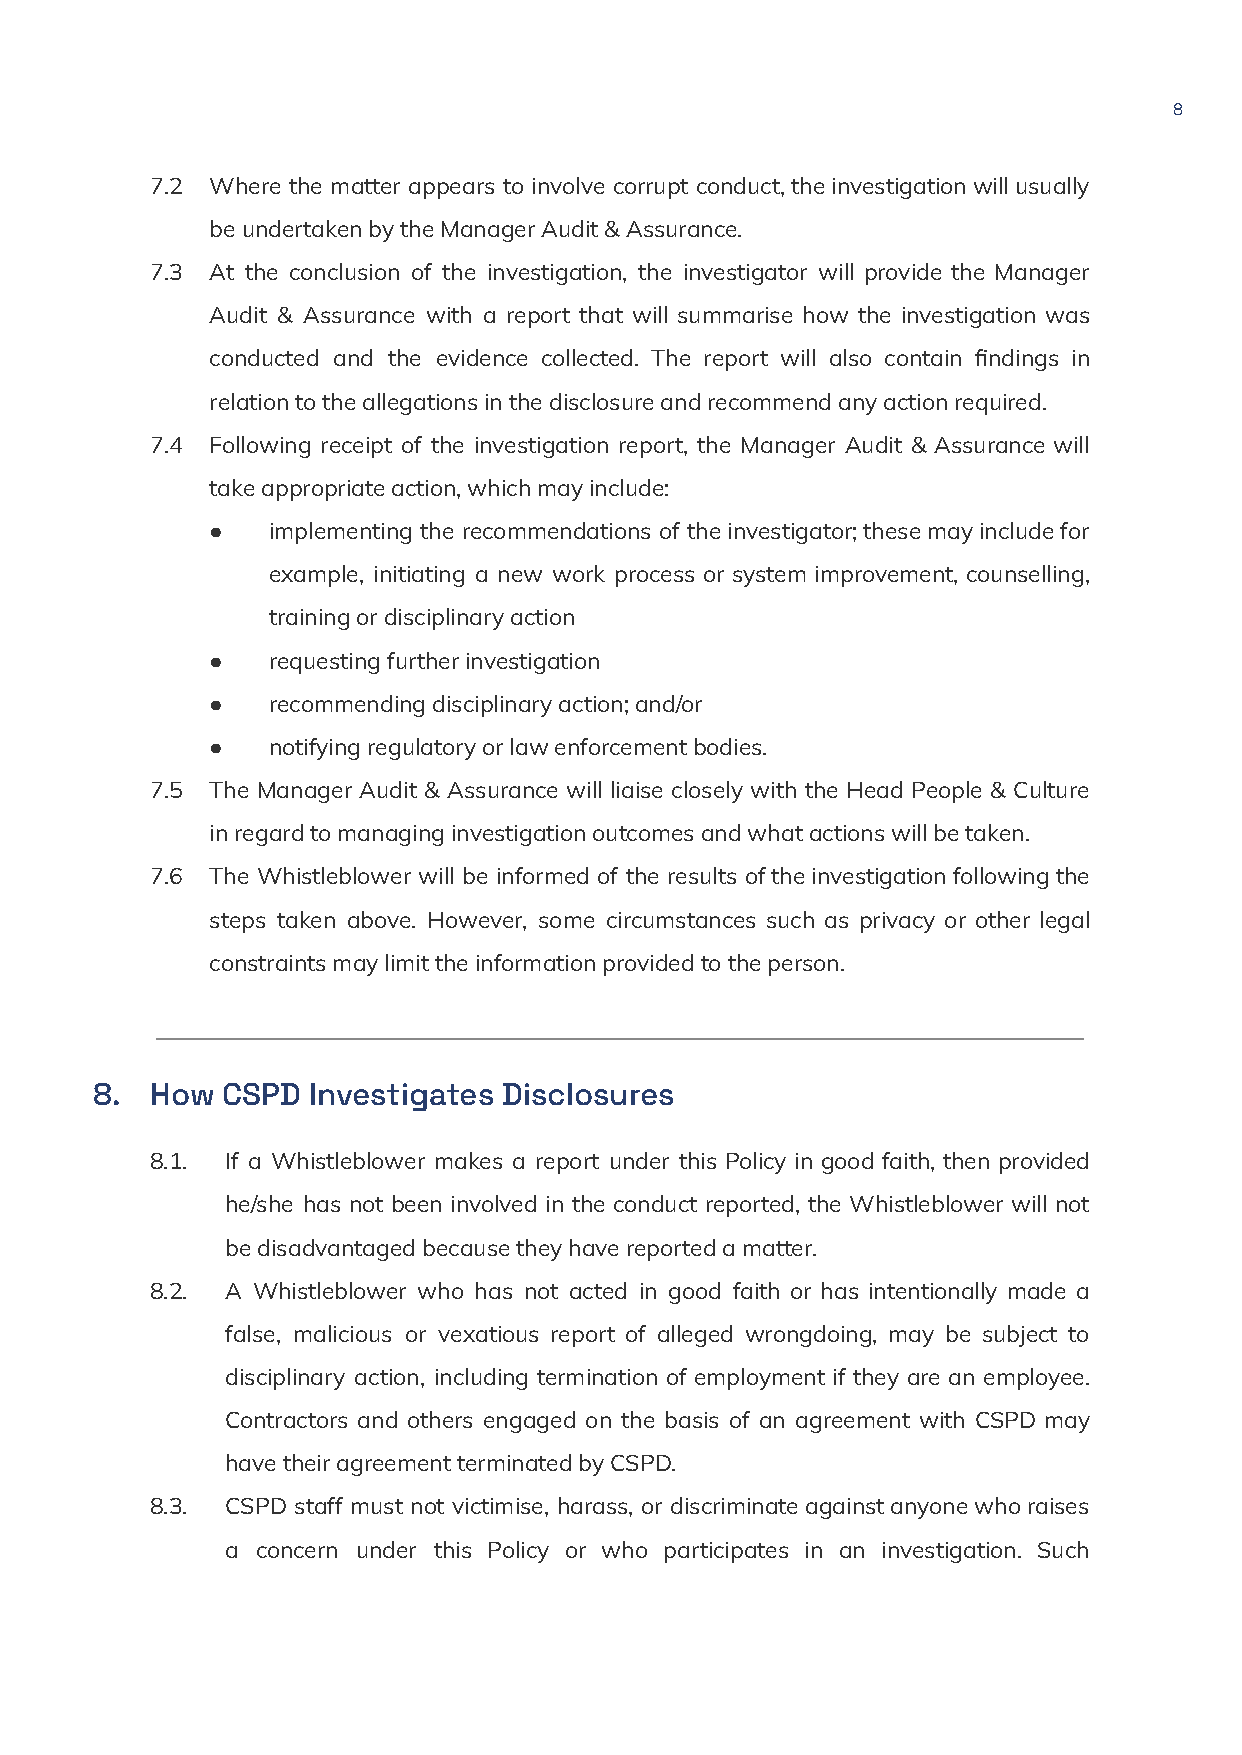
8
 7.2 Where the matter appears to involve corrupt conduct,theinvestigationwillusually
 beundertakenbytheManagerAudit&Assurance.
 7.3 At the conclusion of the investigation, the investigator will provide the Manager
 Audit & Assurance with a report that will summarise how the investigation was
 conducted and the evidence collected. The report will also contain findings in
 relationtotheallegationsinthedisclosureandrecommendanyactionrequired.
 7.4 Following receipt of the investigation report, the Manager Audit & Assurance will
 takeappropriateaction,whichmayinclude:
 ●   implementing the recommendations of theinvestigator;thesemayincludefor
 example, initiating a new work process or system improvement, counselling,
 trainingordisciplinaryaction
 ●   requestingfurtherinvestigation
 ●   recommendingdisciplinaryaction;and/or
 ●   notifyingregulatoryorlawenforcementbodies.
 7.5 The Manager Audit & Assurance will liaise closely with the Head People & Culture
 inregardtomanaginginvestigationoutcomesandwhatactionswillbetaken.
 7.6 The Whistleblower will be informed of the results oftheinvestigationfollowingthe
 steps taken above. However, some circumstances such as privacy or other legal
 constraintsmaylimittheinformationprovidedtotheperson.
 8.  How  CSPD Investigates Disclosures
 8.1. If a Whistleblower makes a report under this Policy in good faith, then provided
 he/she has not been involved in the conduct reported, the Whistleblower will not
 bedisadvantagedbecausetheyhavereportedamatter.
 8.2. A Whistleblower who has not acted in good faith or has intentionally made a
 false, malicious or vexatious report of alleged wrongdoing, may be subject to
 disciplinary action, including termination of employment if they are an employee.
 Contractors and others engaged on the basis of an agreement with CSPD may
 havetheiragreementterminatedbyCSPD.
 8.3. CSPD staff must not victimise, harass, or discriminateagainstanyonewhoraises
 a concern under this Policy or who participates in an investigation. Such